Annual administration report of the Civil Veterinary Department, Ajmere-Merwara, British Rajputana - 1914-1940
Year: 1914
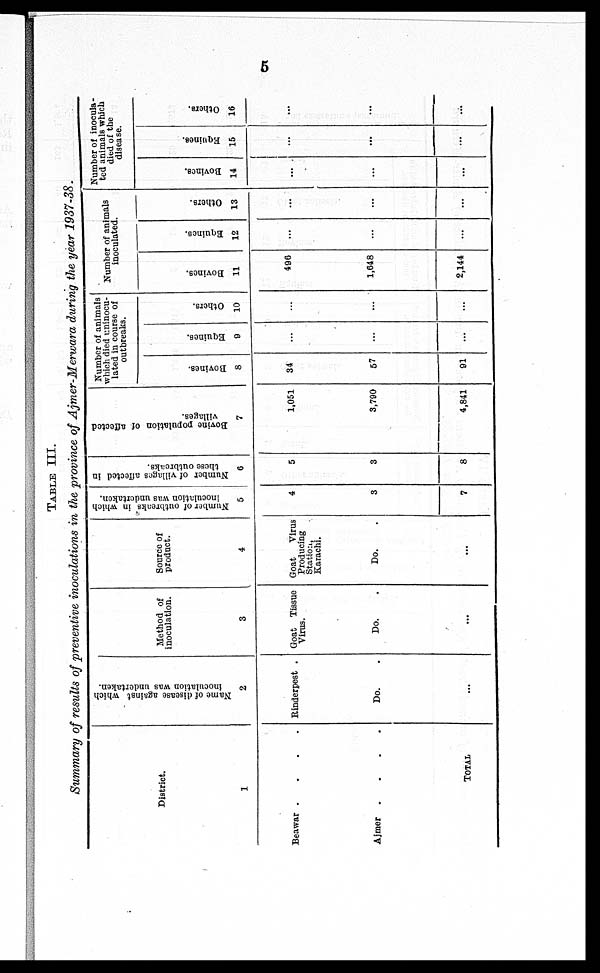
5
TABLE III.
Summary of results of preventive inoculations in the province of Ajmer-Merwara during the year 1937-38.
District.
1
Beawar . . . .
Ajmer. . . .
TOTAL
Name of disease against which
inoculation was undertaken.
2
Rinderpest .
Do. .
...
Method of
inoculation.
3
Goat Tissue
Virus.
Do. .
...
Source of
product.
4
Goat
Virus
Producing
Station,
Karachi.
Do. .
...
Number of outbreaks in which
inoculation was undertaken.
5
4
3
7
Number of villages affected in
these outbreaks.
6
5
3
8
Bovine population of affected
villages.
7
1,051
3,790
4,841
Number of animals
which died uninocu-
lated in course of
outbreaks.
Bovines.
8
34
57
91
Equines.
9
...
...
...
Others.
10
...
...
...
Number of animals
inoculated.
Bovines.
11
496
1,648
2,144
Equines,
12
...
...
...
Others.
13
...
...
...
Number of inocula-
ted animals which
died of the
disease.
Bovines.
14
...
...
...
Equities.
15
...
...
...
Others.
16
...
...